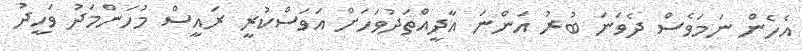
އެހެން ނަމަވެސް ދެވަނަ ބުރު އަންނަ އާދީއްތަދުވަހަށް އަވަސްކުރީ ރައީސް މުހަންމަދު ވަހީދު